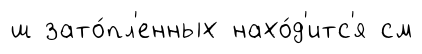
ш зато́пл'енных нахо́д'итс'я см